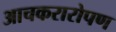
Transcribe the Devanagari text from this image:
आचकरारोपण